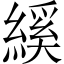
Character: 縘